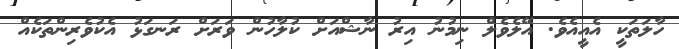
ހާލަތަކީ އެއީއެވެ. އޭލެވެލް ނިމުނު އިރު ނާޝްއަށް ކުލާހުން ވަރަށް ރަނގަޅު އެކުވެރިންތަކެއް